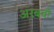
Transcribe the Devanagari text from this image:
अरबवाँ